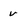
Character: v